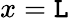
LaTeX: x=\mathtt{L}